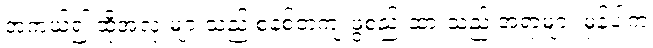
အကယ်၍ ထိုအလုံးများသည် စနစ်တကျ ဖွဲ့စည်းထားသည့် အရာများ မှန်ပါက